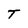
Character: T